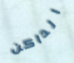
الداكن